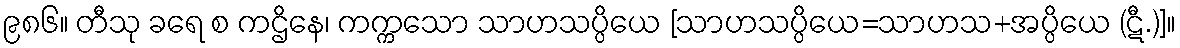
၉၈၆။ တီသု ခရေ စ ကဌိနေ၊ ကက္ကသော သာဟသပ္ပိယေ [သာဟသပ္ပိယေ=သာဟသ+အပ္ပိယေ (ဋီ.)]။